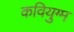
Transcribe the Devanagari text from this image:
कवियुग्म